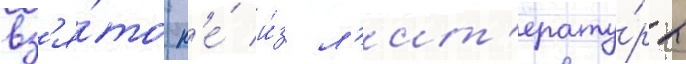
вз'я́то н'е́ и́з л'ит'ерату́ры